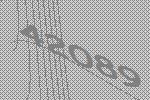
42089